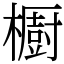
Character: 櫉